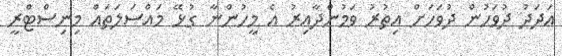
އަދަދު ދުވަހުން ދުވަހަށް އިތުރު ވަމުންދާއިރު އެ މީހުންނާ ގުޅޭ މައްސަލަތައް މިނިސްޓްރީ